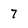
Character: 7